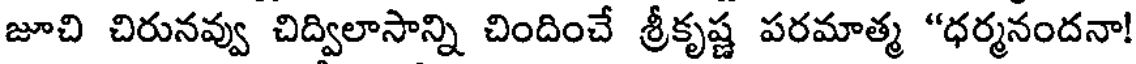
జూచి చిరునవ్వు చిద్విలాసాన్ని చిందించే శ్రీకృష్ణ పరమాత్మ "ధర్మనందనా!